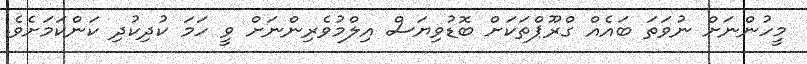
މީހުންނަށް ނުވަތަ ބައެއް ގްރޫޕްތަކަށް ބޮޑުވިޔަސް އިލްމުވެރިންނަށް ވީ ހަމަ ކުދިކުދި ކަންކަމަށެވެ.